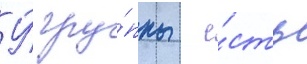
У́ гру́ппы  е́сть